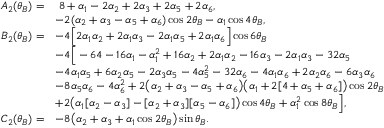
\begin{array} { r l } { \quad A _ { 2 } ( \theta _ { B } ) = } & { \; 8 + \alpha _ { 1 } - 2 \alpha _ { 2 } + 2 \alpha _ { 3 } + 2 \alpha _ { 5 } + 2 \alpha _ { 6 } , } \\ & { - 2 ( \alpha _ { 2 } + \alpha _ { 3 } - \alpha _ { 5 } + \alpha _ { 6 } ) \cos { 2 \theta _ { B } } - \alpha _ { 1 } \cos { 4 \theta _ { B } } , } \\ { B _ { 2 } ( \theta _ { B } ) = } & { - 4 \Big [ 2 \alpha _ { 1 } \alpha _ { 2 } + 2 \alpha _ { 1 } \alpha _ { 3 } - 2 \alpha _ { 1 } \alpha _ { 5 } + 2 \alpha _ { 1 } \alpha _ { 6 } \Big ] \cos { 6 \theta _ { B } } } \\ & { - 4 \Big [ - 6 4 - 1 6 \alpha _ { 1 } - \alpha _ { 1 } ^ { 2 } + 1 6 \alpha _ { 2 } + 2 \alpha _ { 1 } \alpha _ { 2 } - 1 6 \alpha _ { 3 } - 2 \alpha _ { 1 } \alpha _ { 3 } - 3 2 \alpha _ { 5 } } \\ & { - 4 \alpha _ { 1 } \alpha _ { 5 } + 6 \alpha _ { 2 } \alpha _ { 5 } - 2 \alpha _ { 3 } \alpha _ { 5 } - 4 \alpha _ { 5 } ^ { 2 } - 3 2 \alpha _ { 6 } - 4 \alpha _ { 1 } \alpha _ { 6 } + 2 \alpha _ { 2 } \alpha _ { 6 } - 6 \alpha _ { 3 } \alpha _ { 6 } } \\ & { - 8 \alpha _ { 5 } \alpha _ { 6 } - 4 \alpha _ { 6 } ^ { 2 } + 2 \big ( \alpha _ { 2 } + \alpha _ { 3 } - \alpha _ { 5 } + \alpha _ { 6 } \big ) \big ( \alpha _ { 1 } + 2 [ 4 + \alpha _ { 5 } + \alpha _ { 6 } ] \big ) \cos { 2 \theta _ { B } } } \\ & { + 2 \big ( \alpha _ { 1 } [ \alpha _ { 2 } - \alpha _ { 3 } ] - [ \alpha _ { 2 } + \alpha _ { 3 } ] [ \alpha _ { 5 } - \alpha _ { 6 } ] \big ) \cos { 4 \theta _ { B } } + \alpha _ { 1 } ^ { 2 } \cos { 8 \theta _ { B } } \Big ] , } \\ { C _ { 2 } ( \theta _ { B } ) = } & { - 8 \big ( \alpha _ { 2 } + \alpha _ { 3 } + \alpha _ { 1 } \cos { 2 \theta _ { B } } \big ) \sin { \theta _ { B } } . } \end{array}